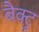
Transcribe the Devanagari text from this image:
बैक्ट्रू